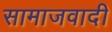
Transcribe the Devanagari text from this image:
सामाजवादी